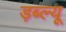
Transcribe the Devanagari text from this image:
ड़ब्ल्यू